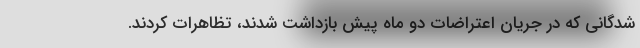
‌شدگانی که در جریان اعتراضات دو ماه پیش بازداشت شدند، تظاهرات کردند.